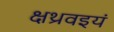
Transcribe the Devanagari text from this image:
क्षथ्रवइयं